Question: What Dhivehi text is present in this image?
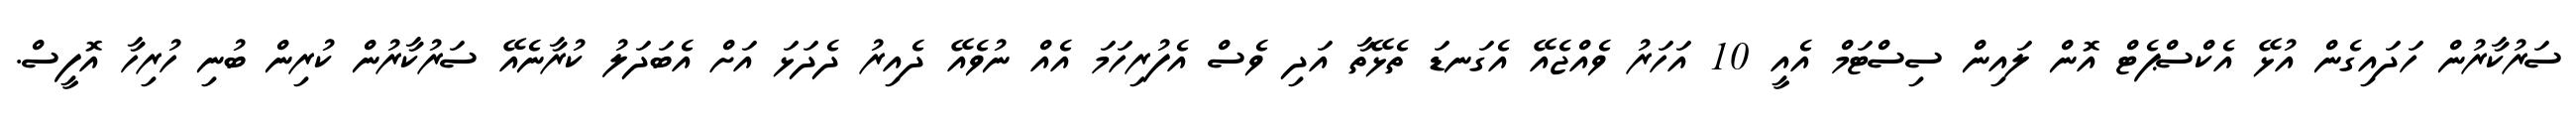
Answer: ސަރުކާރުން ހަދައިގެން އުޅޭ އެކްސްޕެޓް އޮން ލައިން ސިސްޓަމް އެއީ 10 އަހަރު ވެއްޖެއޭ އެގަނޑަ ތެޅޭތާ އަދި ވެސް އެފުރިހަމަ އެއް ނުވެއޭ ދެއިރު ދެދަޅަ އަށް އެބަދަލު ކުރާނެއޭ ސަރުކާރުން ކުރިން ބުނި ހުރިހާ އޮފީސް.